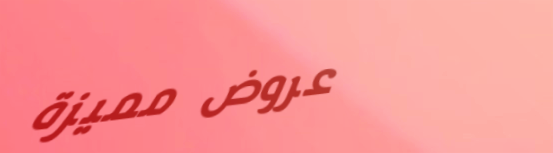
عروض مميزة